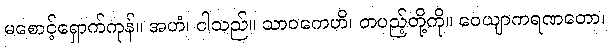
မစောင့်ရှောက်ကုန်။ အဟံ၊ ငါသည်။ သာဝကေဟိ၊ တပည့်တို့ကို။ ဝေယျာကရဏတော၊